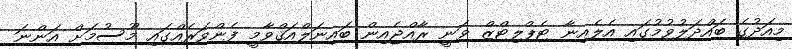
މިއަދުގެ ބައްދަލުވުމުގައި އެލެއިނާ ޓެޕްލިޓްޒް ވަނީ ރާއްޖެއިން ބައިނަލްއަޤްވާމީ ފެންވަރެއްގައި މޫސުމަށް އަންނަ